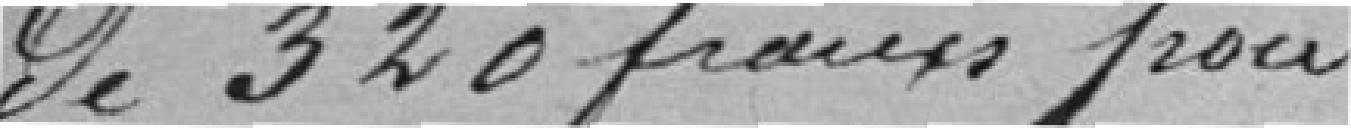
de 320 francs pour